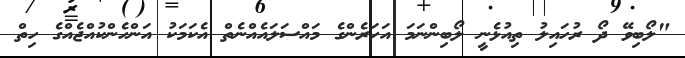
"ލޯބިވޭ ދޯ ރުހައިލު ތިއުޅެނީ ލޯބިންނަމަ އަހަރެންގެ މައްސަލައެއްނެތް އެކަމަކު އަންހެންކުއްޖެއްގެ ހިތް